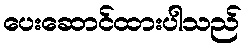
ပေးဆောင်ထားပါသည်